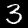
Label: 3